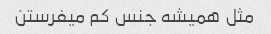
مثل همیشه جنس کم میفرستن